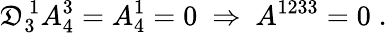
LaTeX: \mathfrak{D}_{3}^{\, 1}A_{4}^{3}=A_{4}^{1}=0\ \Rightarrow\ A^{1233}=0\; .